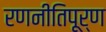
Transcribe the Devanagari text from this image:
रणनीतिपूर्ण